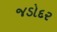
જડોદર